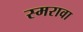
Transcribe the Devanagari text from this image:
स्मरावा